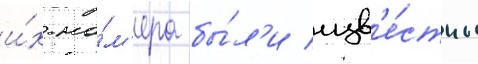
и́х но́м'ера бы́л'и изв'е́стны